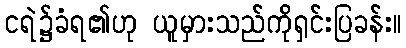
ငရဲ၌ခံရ၏ဟု ယူမှားသည်ကိုရှင်းပြခန်း။